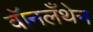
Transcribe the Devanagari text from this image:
वॉनलँथेन